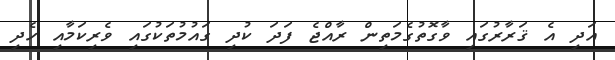
އަދި އެ ޤަރާރުގައި ވާގޮތުގެމަތިން ރާއްޖެ ފަދަ ކުދި ގައުމުތަކުގައި ވެރިކަމާއި ހެދި